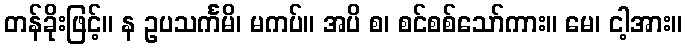
တန်ခိုးဖြင့်။ န ဥပသင်္ကမိ၊ မကပ်။ အပိ စ၊ စင်စစ်သော်ကား။ မေ၊ ငါ့အား။